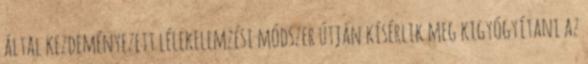
által kezdeményezett lélekelemzési módszer útján kísérlik meg kigyógyítani az